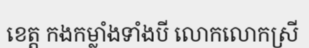
ខេត្ត កងកម្លាំងទាំងបី លោកលោកស្រី